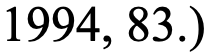
1994, 83.)